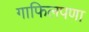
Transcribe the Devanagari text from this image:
गाफिलपणा